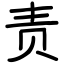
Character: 责